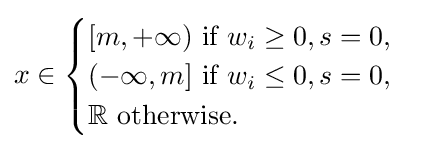
x\in {\begin{cases}[m,+\infty ){\text{ if }}w_{i}\geq 0,s=0,\\(-\infty ,m]{\text{ if }}w_{i}\leq 0,s=0,\\\mathbb {R} {\text{ otherwise.}}\end{cases}}